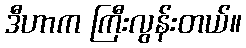
ဒီဟာက ကြီးလွန်းတယ်။